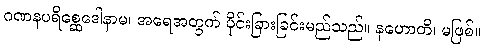
ဂဏနပရိစ္ဆေဒေါနာမ၊ အရေအတွက် ပိုင်းခြားခြင်းမည်သည်။ နဟောတိ၊ မဖြစ်။